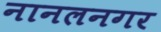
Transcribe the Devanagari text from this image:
नानलनगर